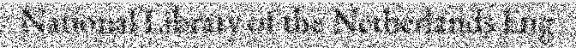
National Library of the Netherlands Eng